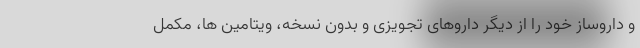
و داروساز خود را از دیگر داروهای تجویزی و بدون نسخه، ویتامین ها، مکمل